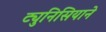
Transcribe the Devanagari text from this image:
ट्युनिसियाने